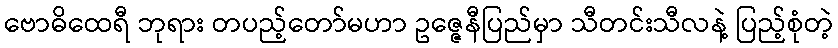
ဗောဓိထေရီ ဘုရား တပည့်တော်မဟာ ဥဇ္ဇေနီပြည်မှာ သီတင်းသီလနဲ့ ပြည့်စုံတဲ့